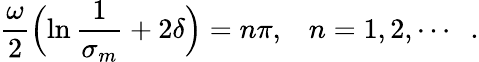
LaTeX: \frac{\omega}{2}\Bigl(\ln\frac{1}{\sigma_{m}}+2\delta\Bigr)=n\pi,\; \; \; \mathop{n=1,2,}\cdots\; \; .